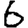
Digit: 6